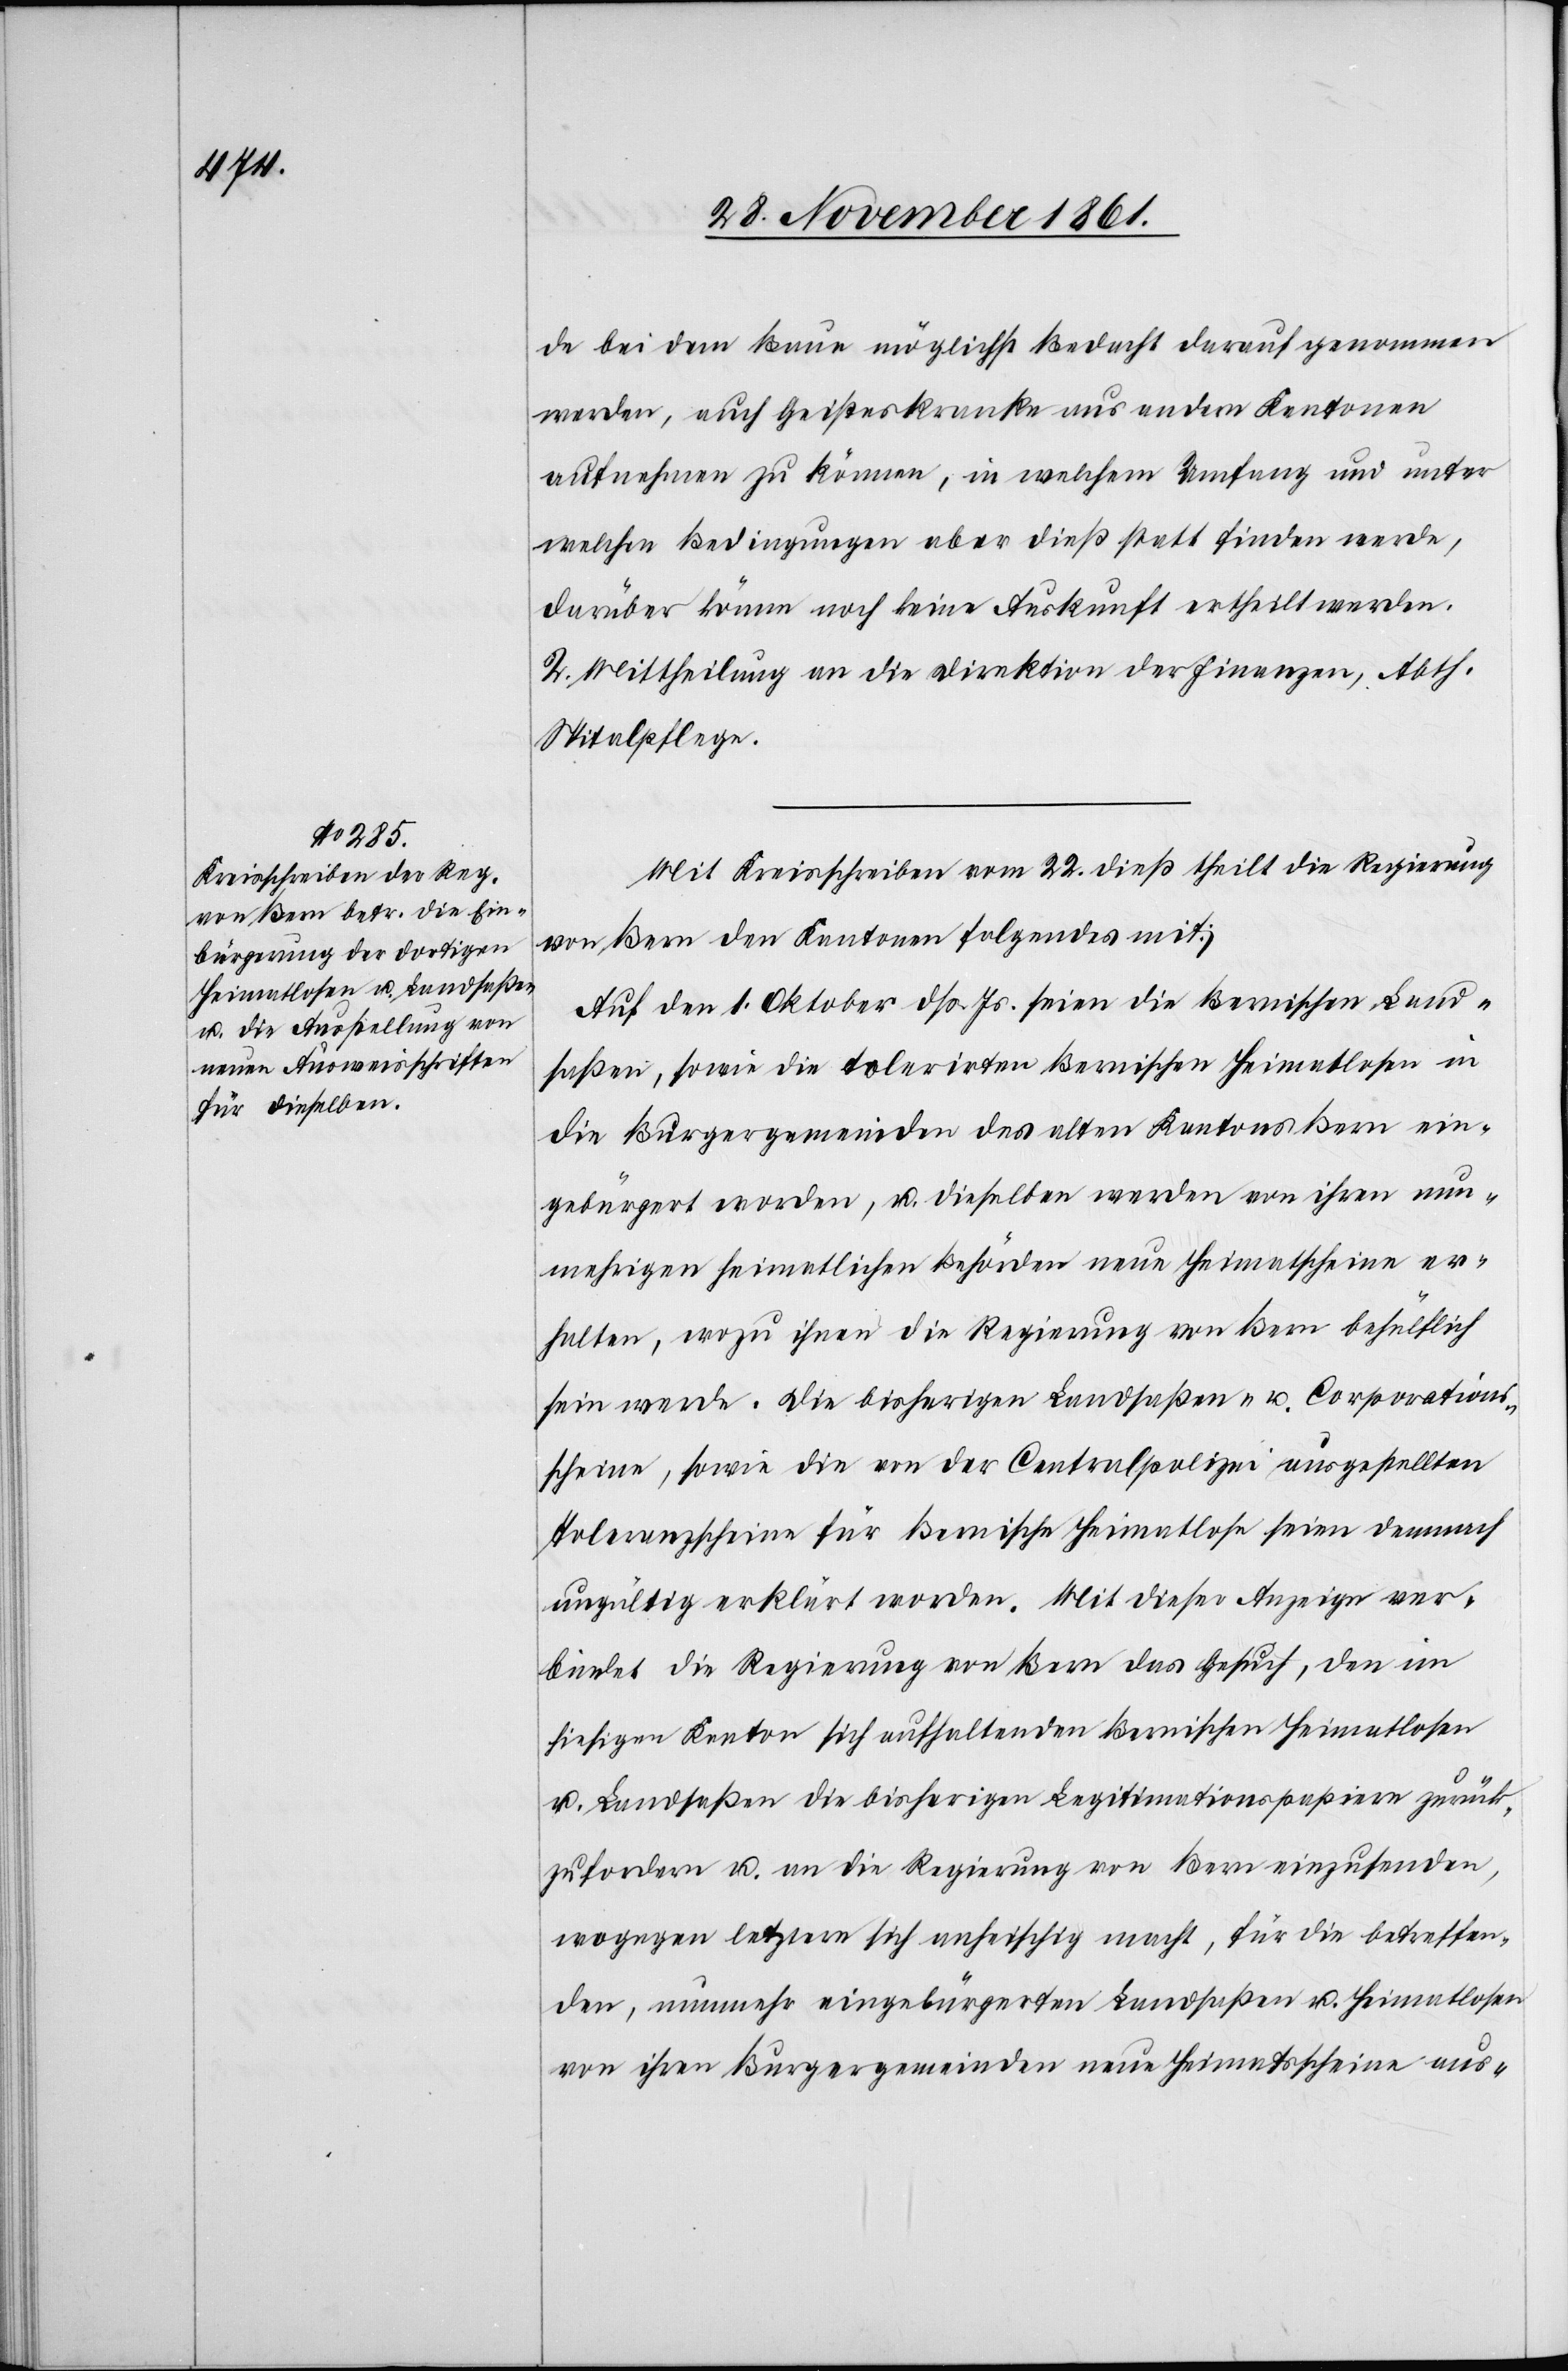
de bei dem Baue möglichst Bedacht darauf genommen
werden, auch Geisteskranke aus andern Kantonen
aufnehmen zu können, in welchem Umfang und unter
welchen Bedingungen aber dieß statt finden werde,
darüber könne noch keine Auskunft ertheilt werden.
2. Mittheilung an die Direktion der Finanzen, Abth.
Spitalpflege.
Mit Kreisschreiben vom 22 dieß theilt die Regierung
von Bern den Kantonen folgendes mit:
Auf den 1 Oktober dß. Js. seien die Bernischen Land¬
saßen, sowie die tolerirten Bernischen Heimatlosen in
die Burgergemeinde des alten Kantons Bern ein¬
gebürgert worden, u. dieselben werden von ihren nun¬
mehrigen heimatlichen Behörden neue Heimatscheine er¬
halten, wozu ihnen die Regierung von Bern behüflich
sein werde. Die bisherigen Landsaßen- u. Corporations¬
scheine, sowie die von der Centralpolizei ausgestellten
Toleranzscheine für Bernische Heimatlose seien demnach
ungültig erklärt worden. Mit dieser Anzeige ver¬
bindet die Regierung von Bern das Gesuch, den im
hiesigen Kanton sich aufhaltenden Bernischen Heimatlosen
u. Landsaßen die bisherigen Legitimationspapiere zurück¬
zufordern u. an die Regierung von Bern einzusenden,
wogegen letztere sich anheischig macht, für die betreffen¬
den, nunmehr eingebürgerten Landsaßen u. Heimatlosen
von ihren Burgergemeinden neue Heimatscheine aus-